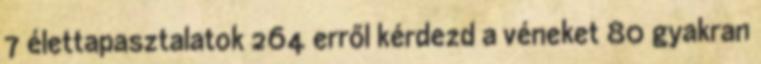
7 élettapasztalatok 264 erről kérdezd a véneket 80 gyakran